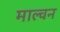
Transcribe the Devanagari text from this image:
माल्वन